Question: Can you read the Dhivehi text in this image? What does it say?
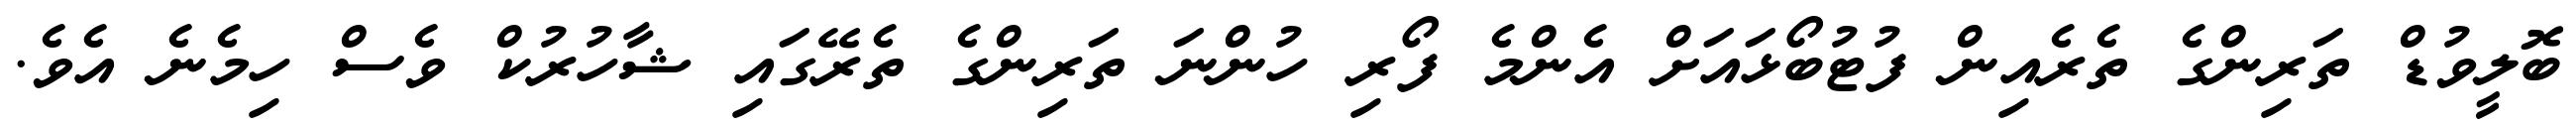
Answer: ބޮލީވުޑް ތަރިންގެ ތެރެއިން ފުޓުބޯޅައަށް އެންމެ ފޯރި ހުންނަ ތަރިންގެ ތެރޭގައި ޝާހުރުކް ވެސް ހިމެނެ އެވެ.